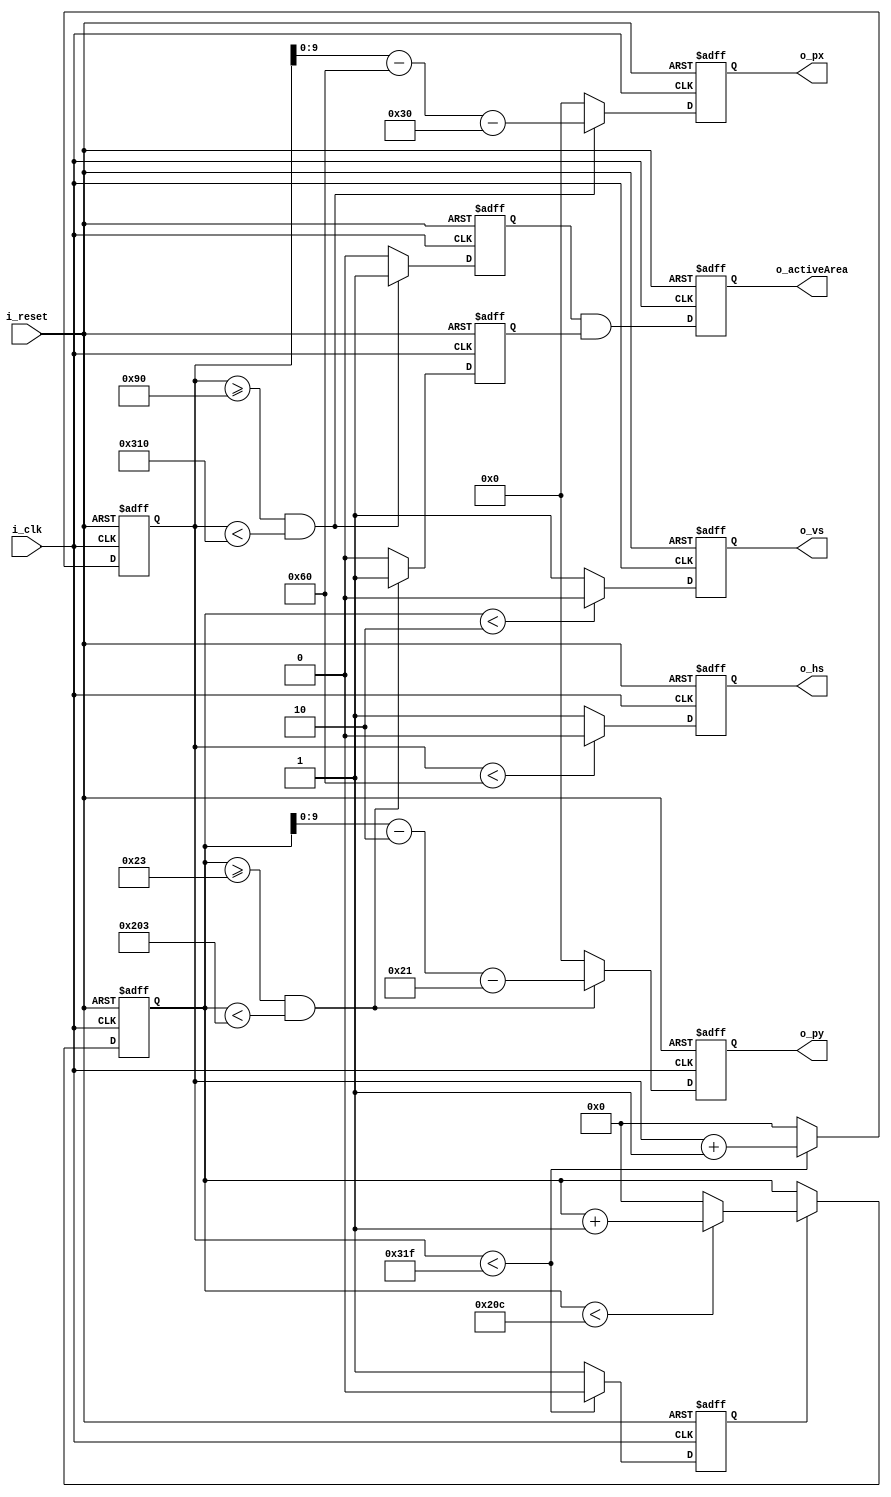
`default_nettype none

module VGA_HS_VS
#(
    parameter H_ACTIVE_AREA = 640,
    parameter V_ACTIVE_AREA = 480,
    parameter H_TOTAL = 800,
    parameter V_TOTAL = 525,
    parameter H_SYNC = 96,
    parameter V_SYNC = 2,
    parameter H_BACK_PORCH = 48,
    parameter H_FRONT_PORCH = 16,
    parameter V_BACK_PORCH = 33,
    parameter V_FRONT_PORCH = 10
)
(
    input i_clk,
    input i_reset,
    output o_hs,
    output o_vs,
    output o_activeArea,
    output [9:0] o_px,
    output [9:0] o_py
);

    // local variables
    reg [10:0] r_hCnt = 0;
    reg [10:0] r_vCnt = 0;
    reg r_vCntEnable = 1'b0;

    // output registers
    reg r_hs = 1'b0;
    reg r_vs = 1'b0;
    reg r_activeArea = 1'b0;
    reg r_hActive = 1'b0;
    reg r_vActive = 1'b0;
    reg [9:0] r_px = 0;
    reg [9:0] r_py = 0;

    always @(posedge i_clk, posedge i_reset)
    if (i_reset == 1'b1)
    begin
        r_hCnt <= 0;
        r_vCnt <= 0;
        r_vCntEnable <= 1'b0;

        r_hs <= 1'b0;
        r_vs <= 1'b0;
        r_activeArea <= 1'b0;
        r_hActive <= 1'b0;
        r_vActive <= 1'b0;
        r_px <= 0;
        r_py <= 0;
    end
    else
    begin
        // increment horizontal count
        if (r_hCnt < (H_TOTAL - 1))
        begin
            r_hCnt <= r_hCnt + 1;
            r_vCntEnable <= 1'b0;
        end
        else
        begin
            r_hCnt <= 0;
            r_vCntEnable <= 1'b1;
        end

        // increment vertical count
        if (r_vCntEnable == 1'b1)
        begin
            if (r_vCnt < (V_TOTAL - 1))
                r_vCnt <= r_vCnt + 1;
            else
                r_vCnt <= 0;
        end


        // infer horizontal and vertical sync pulses
        r_hs <= (r_hCnt < H_SYNC) ? 1'b0 : 1'b1;
        r_vs <= (r_vCnt < V_SYNC) ? 1'b0 : 1'b1;

        // compute pixel coordinates
        if ((r_hCnt >= (H_SYNC + H_BACK_PORCH)) && (r_hCnt < (H_TOTAL - H_FRONT_PORCH)))
        begin
            r_px <= r_hCnt - H_SYNC - H_BACK_PORCH;
            r_hActive <= 1'b1;
        end
        else
        begin
            r_px <= 0;
            r_hActive <= 1'b0;
        end

        if ((r_vCnt >= (V_SYNC + V_BACK_PORCH)) && (r_vCnt < (V_TOTAL - V_FRONT_PORCH)))
        begin
            r_py <= r_vCnt - V_SYNC - V_BACK_PORCH;
            r_vActive <= 1'b1;
        end
        else
        begin
            r_py <= 0;
            r_vActive <= 1'b0;
        end

        r_activeArea = r_hActive & r_vActive;
    end

    assign o_activeArea = r_activeArea;
    assign o_hs = r_hs;
    assign o_vs = r_vs;
    assign o_px = r_px;
    assign o_py = r_py;

endmodule